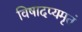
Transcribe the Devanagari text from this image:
विषादप्यमृतं